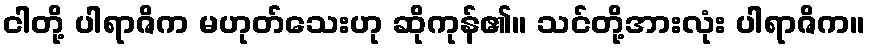
ငါတို့ ပါရာဇိက မဟုတ်သေးဟု ဆိုကုန်၏။ သင်တို့အားလုံး ပါရာဇိက။